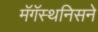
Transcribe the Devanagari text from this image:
मॅगॅस्थनिसने